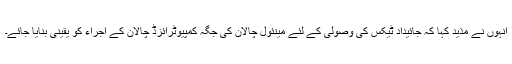
انہوں نے مذید کہا کہ جائیداد ٹیکس کی وصولی کے لئے مینئول چالان کی جگہ کمپیوٹرائزڈ چالان کے اجراء کو یقینی بنایا جائے۔